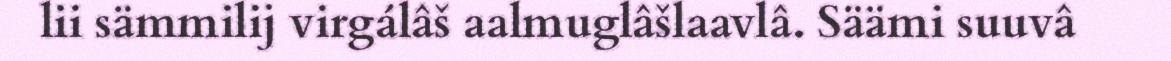
lii sämmilij virgálâš aalmuglâšlaavlâ. Säämi suuvâ